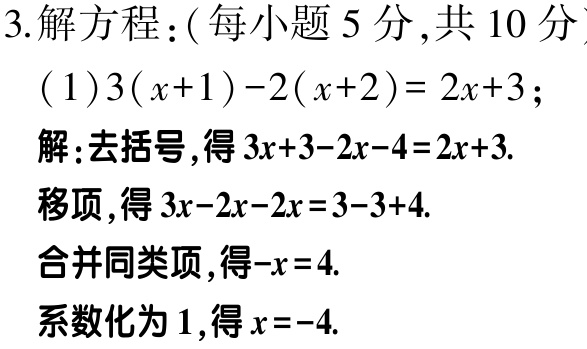
3. 解方程：（每小题 5 分，共 10 分）

(1) \(3(x + 1)-2(x + 2)=2x + 3\)；

解：去括号，得 \(3x + 3-2x-4 = 2x + 3\).

移项，得 \(3x-2x-2x = 3-3 + 4\).

合并同类项，得 \(-x = 4\).

系数化为 1，得 \(x=-4\).